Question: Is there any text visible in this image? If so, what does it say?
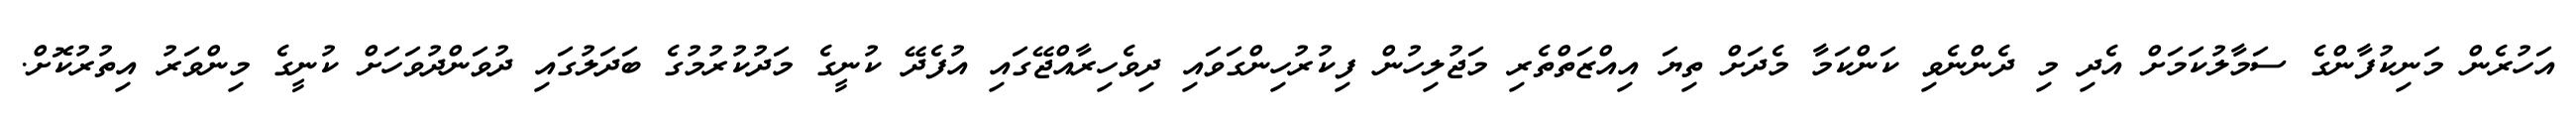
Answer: އަހުރެން މަނިކުފާންގެ ސަމާލުކަމަށް އެދި މި ދެންނެވި ކަންކަމާ މެދަށް ތިޔަ އިއްޒަތްތެރި މަޖުލިހުން ފިކުރުހިންގަވައި ދިވެހިރާއްޖޭގައި އުފެދޭ ކުނީގެ މަދުކުރުމުގެ ބަދަލުގައި ދުވަންދުވަހަށް ކުނީގެ މިންވަރު އިތުރުކޮށް.